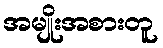
အမျိုးအစားတူ